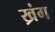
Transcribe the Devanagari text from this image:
ख्रंग